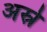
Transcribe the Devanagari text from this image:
अस्रे